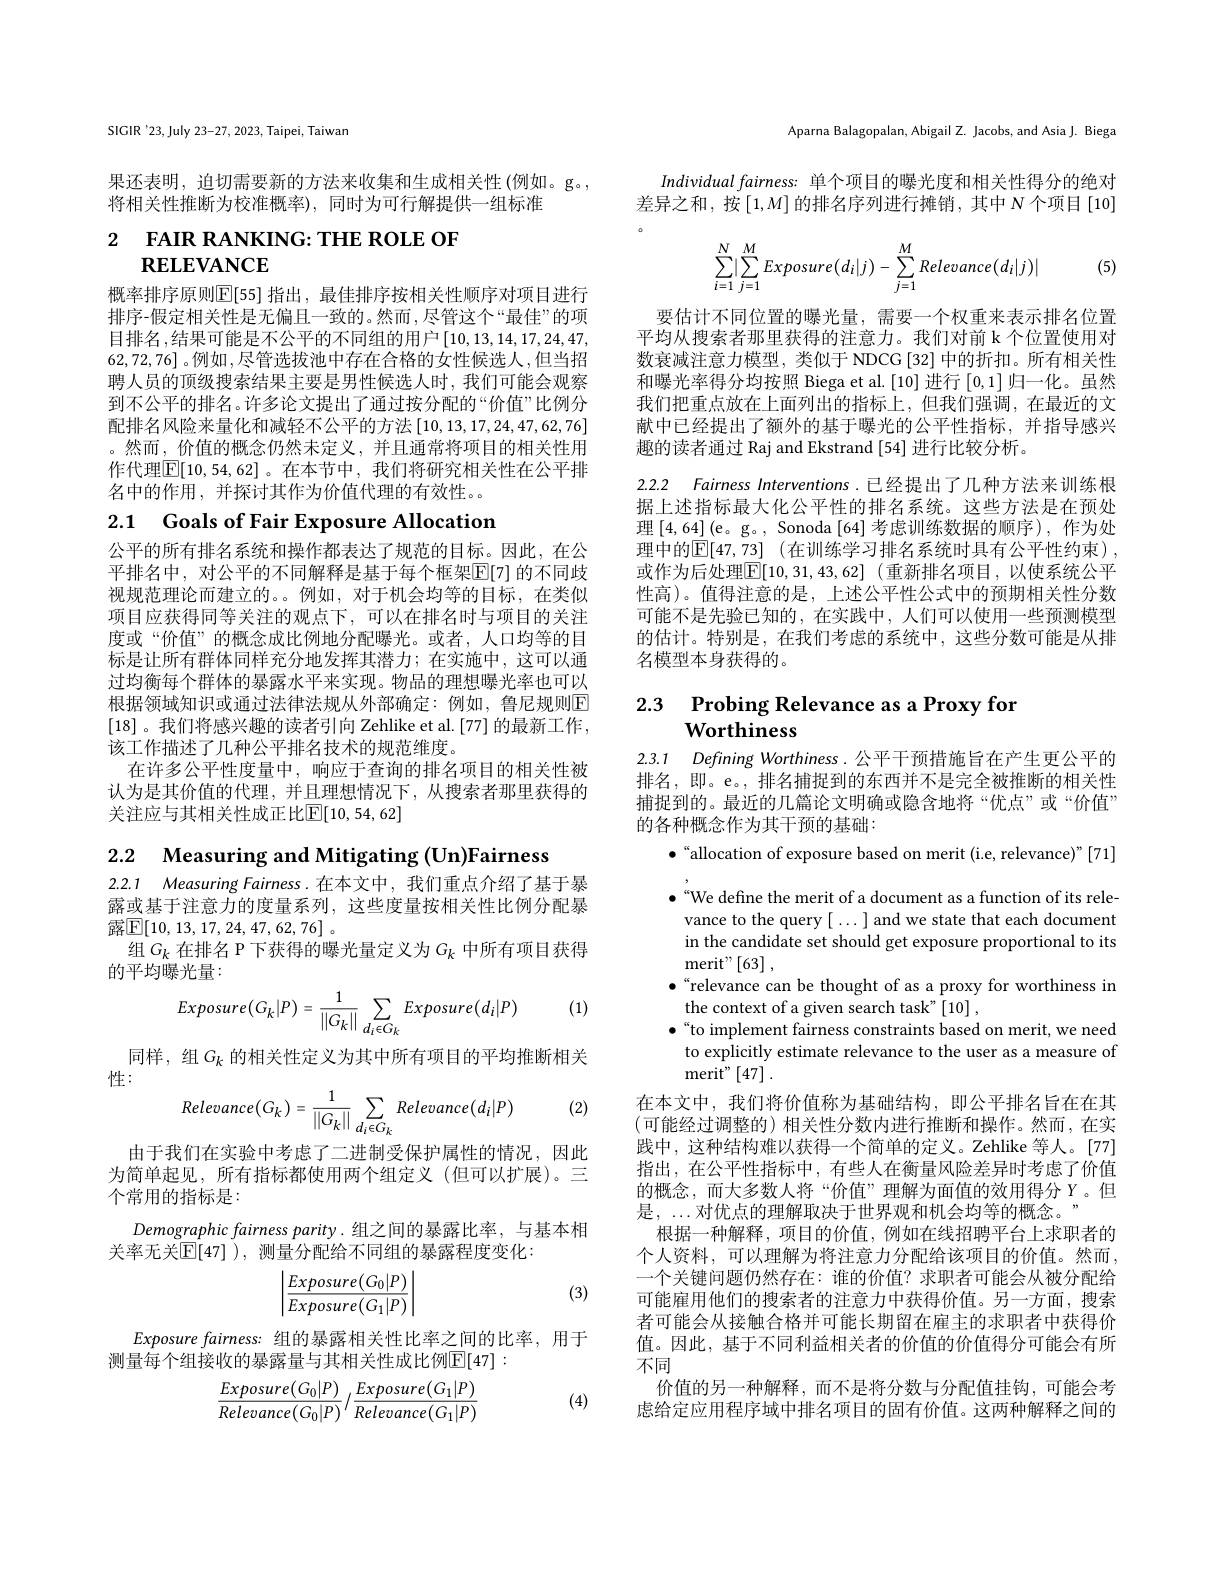
SIGIR'23,July 23-27, 2023, Taipei, Taiwan

果还表明，迫切需要新的方法来收集和生成相关性 (例如。g。,
将相关性推断为校准概率),同时为可行解提供一组标准

2 FAIR RANKING: THE ROLE OF
# RELEVANCE

概率排序原则$\mathbb{E}[55]$ 指出，最佳排序按相关性顺序对项目进行排序-假定相关性是无偏且一致的。然而 ,尽管这个“最佳”的项目排名，结果可能是不公平的不同组的用户[10,13,14,17,24,47, 62,72,76]。例如，尽管选拔池中存在合格的女性候选人，但当招聘人员的顶级搜索结果主要是男性候选人时，我们可能会观察到不公平的排名。许多论文提出了通过按分配的“价值”比例分配排名风险来量化和减轻不公平的方法$\left[10,13,17,24,47,62,76\right]$ 。然而，价值的概念仍然未定义，并且通常将项目的相关性用作代理$\boxed{\mathbb{E}}[10,54,62]$。在本节中，我们将研究相关性在公平排名中的作用，并探讨其作为价值代理的有效性。

2.1 Goals of Fair Exposure Allocation

公平的所有排名系统和操作都表达了规范的目标。因此，在公平排名中，对公平的不同解释是基于每个框架$\mathbb{E}[7]$ 的不同歧视规范理论而建立的。。例如，对于机会均等的目标，在类似项目应获得同等关注的观点下，可以在排名时与项目的关注度或“价值”的概念成比例地分配曝光。或者，人口均等的目标是让所有群体同样充分地发挥其潜力；在实施中，这可以通过均衡每个群体的暴露水平来实现。物品的理想曝光率也可以根据领域知识或通过法律法规从外部确定：例如，鲁尼规则$\overline{\mathrm{E}}$ [18] 。我们将感兴趣的读者引向 Zehlike et al. [77] 的最新工作， 该工作描述了几种公平排名技术的规范维度。
在许多公平性度量中，响应于查询的排名项目的相关性被认为是其价值的代理，并且理想情况下，从搜索者那里获得的关注应与其相关性成正比$\mathbb{E}[10,54,62]$

2.2 Measuring and Mitigating (Un)Fairness

2.2.1 Measuring Fairness.在本文中，我们重点介绍了基于暴露或基于注意力的度量系列，这些度量按相关性比例分配暴露$\mathbb{E}[10,13,17,24,47,62,76]$。
组$G_k$ 在排名 P 下获得的曝光量定义为$G_k$ 中所有项目获得
的平均曝光量：
$$Exposure\big(G_k|P\big)=\frac{1}{\|G_k\|}\sum_{d_i\in G_k}Exposure\big(d_i|P\big)$$
(1)

同样，组$G_k$ 的相关性定义为其中所有项目的平均推断相关
性：
$$Relevance(G_k)=\frac{1}{||G_k||}\sum_{d_i\in G_k}Relevance(d_i|P)$$
(2)

由于我们在实验中考虑了二进制受保护属性的情况，因此为简单起见，所有指标都使用两个组定义(但可以扩展)。三个常用的指标是：
Demographic fairness parity.组之间的暴露比率，与基本相
关率无关$\mathbb{E}[47]$ ), 测量分配给不同组的暴露程度变化：
$$\left|\frac{Exposure(G_0|P)}{Exposure(G_1|P)}\right|$$
(3)

$Exposure\textit{fairness: 组 的 暴 露 相 关 性 比 率 之 间 的 比 率 , 用 于 }$
测量每个组接收的暴露量与其相关性成比例$\mathbb{E}[47]:$

(4)
$$\frac{Exposure(G_0|P)}{Relevance(G_0|P)}/\frac{Exposure(G_1|P)}{Relevance(G_1|P)}$$
Aparna Balagopalan, Abigail Z. Jacobs, and Asia J. Biega

Individual fairness: 单个项目的曝光度和相关性得分的绝对差异之和，按$\left[1,M\right]$的排名序列进行摊销，其中$N$个项目$\left[10\right]$
$$\sum\limits_{i=1}^N\lvert\sum\limits_{j=1}^MExposure(d_i\lvert j)-\sum\limits_{j=1}^MRelevance(d_i\lvert j)\rvert $$
(5)

要估计不同位置的曝光量，需要一个权重来表示排名位置平均从搜索者那里获得的注意力。我们对前 k 个位置使用对数衰减注意力模型，类似于 NDCG[32] 中的折扣。所有相关性和曝光率得分均按照 Biega et al. [10]进行[0,1]归一化。虽然我们把重点放在上面列出的指标上，但我们强调，在最近的文献中已经提出了额外的基于曝光的公平性指标，并指导感兴趣的读者通过 Raj and Ekstrand [54] 进行比较分析。

2.2.2 Fairness Interventions.已经提出了几种方法来训练根据上述指标最大化公平性的排名系统。这些方法是在预处理[4,64](e。g。, Sonoda[64]考虑训练数据的顺序),作为处理中的$\mathbb{E} [ 47, 73]$ (在训练学习排名系统时具有公平性约束), 或作为后处理$\boxed{\mathbb{E} }[ 10, 31, 43, 62]$ (重新排名项目，以使系统公平性高)。值得注意的是，上述公平性公式中的预期相关性分数可能不是先验已知的，在实践中，人们可以使用一些预测模型的估计。特别是，在我们考虑的系统中，这些分数可能是从排名模型本身获得的。

# 2.3 $\textbf{Probing Relevance as a Proxy for}$ Worthiness

2.3.1 Defining Worthiness.公平干预措施旨在产生更公平的排名，即。e。, 排名捕捉到的东西并不是完全被推断的相关性捕捉到的。最近的几篇论文明确或隐含地将“优点”或“价值” 的各种概念作为其干预的基础：

$\bullet$“allocation of exposure based on merit (i.e, relevance)”[71]

$\bullet$“We define the merit of a document as a function of its relevance to the query[ ...] and we state that each document in the candidate set should get exposure proportional to its merit" $\left [ 63\right ] $,
$\bullet$“relevance can be thought of as a proxy for worthiness in
the context of a given search task"[10] ,
$\bullet$“to implement fairness constraints based on merit, we need to explicitly estimate relevance to the user as a measure of ${\mathrm{merit"}}\left[47\right].$
在本文中，我们将价值称为基础结构，即公平排名旨在在其(可能经过调整的)相关性分数内进行推断和操作。然而，在实践中，这种结构难以获得一个简单的定义。Zehlike 等人。[77] 指出，在公平性指标中，有些人在衡量风险差异时考虑了价值的概念，而大多数人将“价值”理解为面值的效用得分 Y。但是，...对优点的理解取决于世界观和机会均等的概念。”
根据一种解释，项目的价值，例如在线招聘平台上求职者的个人资料，可以理解为将注意力分配给该项目的价值。然而一个关键问题仍然存在：谁的价值？求职者可能会从被分配给可能雇用他们的搜索者的注意力中获得价值。另一方面，搜索者可能会从接触合格并可能长期留在雇主的求职者中获得价值。因此，基于不同利益相关者的价值的价值得分可能会有所不同
价值的另一种解释，而不是将分数与分配值挂钩，可能会考虑给定应用程序域中排名项目的固有价值。这两种解释之间的